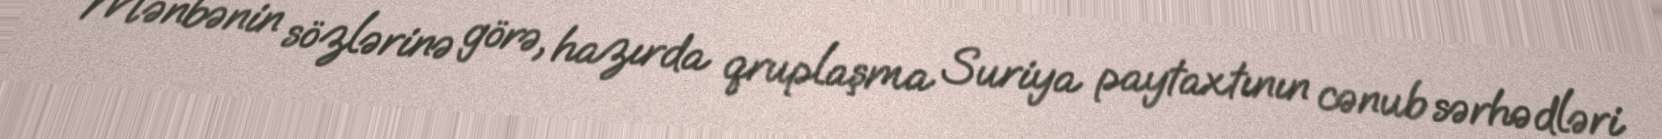
Mənbənin sözlərinə görə, hazırda qruplaşma Suriya paytaxtının cənub sərhədləri